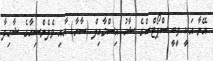
އޭނާ އަކީ ވީބީ ސްޕޯޓްސްގެ ޝާހު އިސްމާއިލް (ސާޔާ) އާއި ވެލެންސިއާގެ ޝާހިދާ